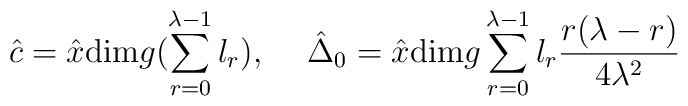
\hat{c}=\hat{x}\textup{dim}g(\sum_{r=0}^{\lambda-1}l_r),\hspace{.2in}\hat{\Delta}_0=\hat{x}\textup{dim}g\sum_{r=0}^{\lambda-1}l_r\frac{r(\lambda-r)}{4\lambda^2}